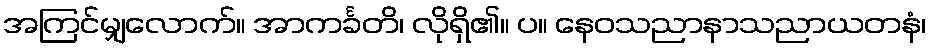
အကြင်မျှလောက်။ အာကင်္ခတိ၊ လိုရှိ၏။ ပ။ နေဝသညာနာသညာယတနံ၊